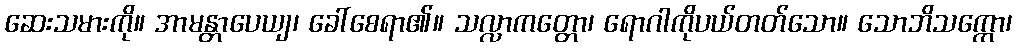
ဆေးသမားကို။ အာမန္တာပေယျ၊ ခေါ်စေရာ၏။ သလ္လာကတ္တော၊ ရောဂါကိုပယ်တတ်သော။ သောဘိသက္ကော၊